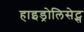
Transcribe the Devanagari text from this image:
हाइड्रोलिसेट्स